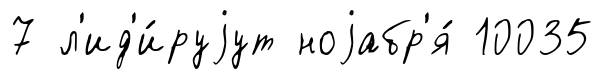
7 л'ид'и́руjут ноjабр'я́ 10035